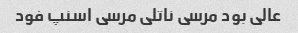
عالی بود مرسی ناتلی مرسی اسنپ فود